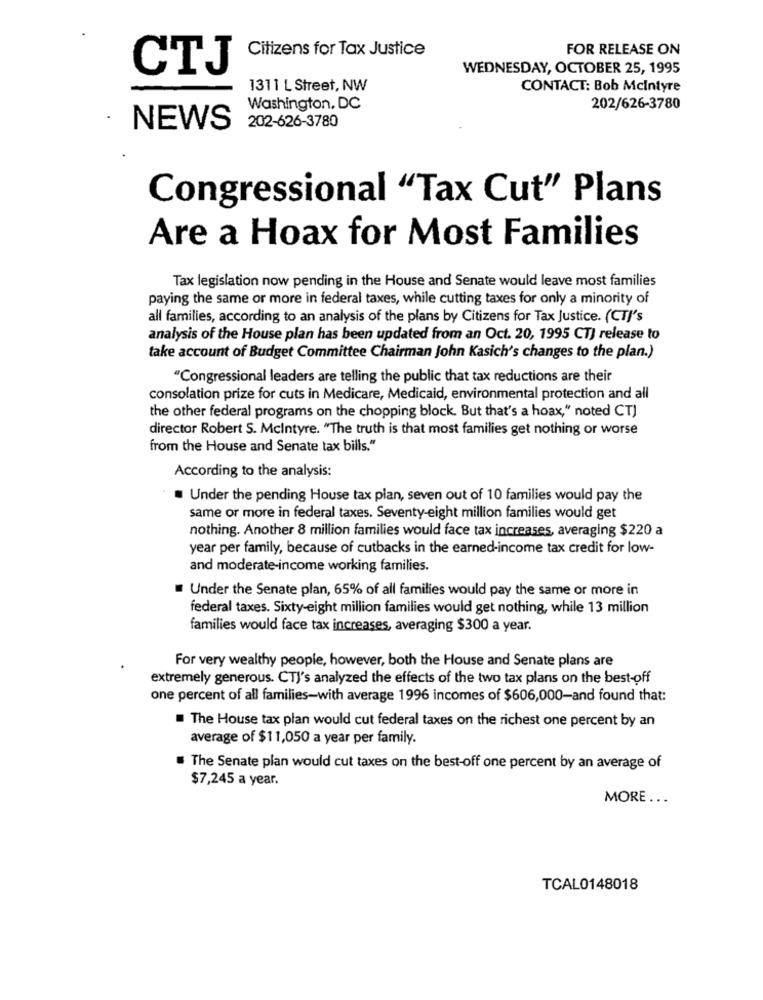
Citizens for Tax Justice
FOR RELEASE ON
CTJ
WEDNESDAY, OCTOBER 25, 1995
1311 L Street, NW
CONTACT: Bob Mcintyre
Washington, DC
202/626-3780
202-626-3780
NEWS
Congressional "Tax Cut" Plans
Are a Hoax for Most Families
Tax legislation now pending in the House and Senate would leave most families
paying the same or more in federal taxes, while cutting taxes for only a minority of
all families, according to an analysis of the plans by Citizens for Tax Justice. (CT/'s
analysis of the House plan has been updated from an Oct. 20, 1995 CT) release to
take account of Budget Committee Chairman John Kasich's changes to the plan.)
"Congressional leaders are telling the public that tax reductions are their
consolation prize for cuts in Medicare, Medicaid, environmental protection and all
the other federal programs on the chopping block. But that's a hoax," noted CT)
director Robert S. Mcintyre. "The truth is that most families get nothing or worse
from the House and Senate tax bills."
According to the analysis:
. Under the pending House tax plan, seven out of 10 families would pay the
same or more in federal taxes. Seventy-eight million families would get
nothing. Another 8 million families would face tax increases, averaging $220 a
year per family, because of cutbacks in the earned-income tax credit for low-
and moderate-income working families.
Under the Senate plan, 65% of all families would pay the same or more in
federal taxes. Sixty-eight million families would get nothing, while 13 million
families would face tax increases, averaging $300 a year.
For very wealthy people, however, both the House and Senate plans are
extremely generous. CTJ's analyzed the effects of the two tax plans on the best-off
one percent of all families-with average 1996 incomes of $606,000-and found that:
The House tax plan would cut federal taxes on the richest one percent by an
average of $11,050 a year per family.
The Senate plan would cut taxes on the best-off one percent by an average of
$7,245 a year.
MORE ...
TCAL0148018